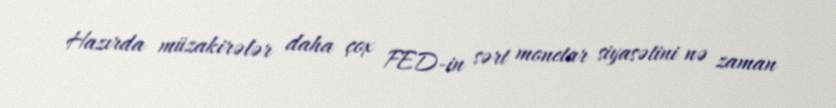
Hazırda müzakirələr daha çox FED-in sərt monetar siyasətini nə zaman